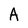
Character: A